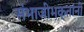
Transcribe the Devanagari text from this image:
संभाजीभक्तांनी